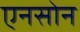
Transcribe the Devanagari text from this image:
एनसोन